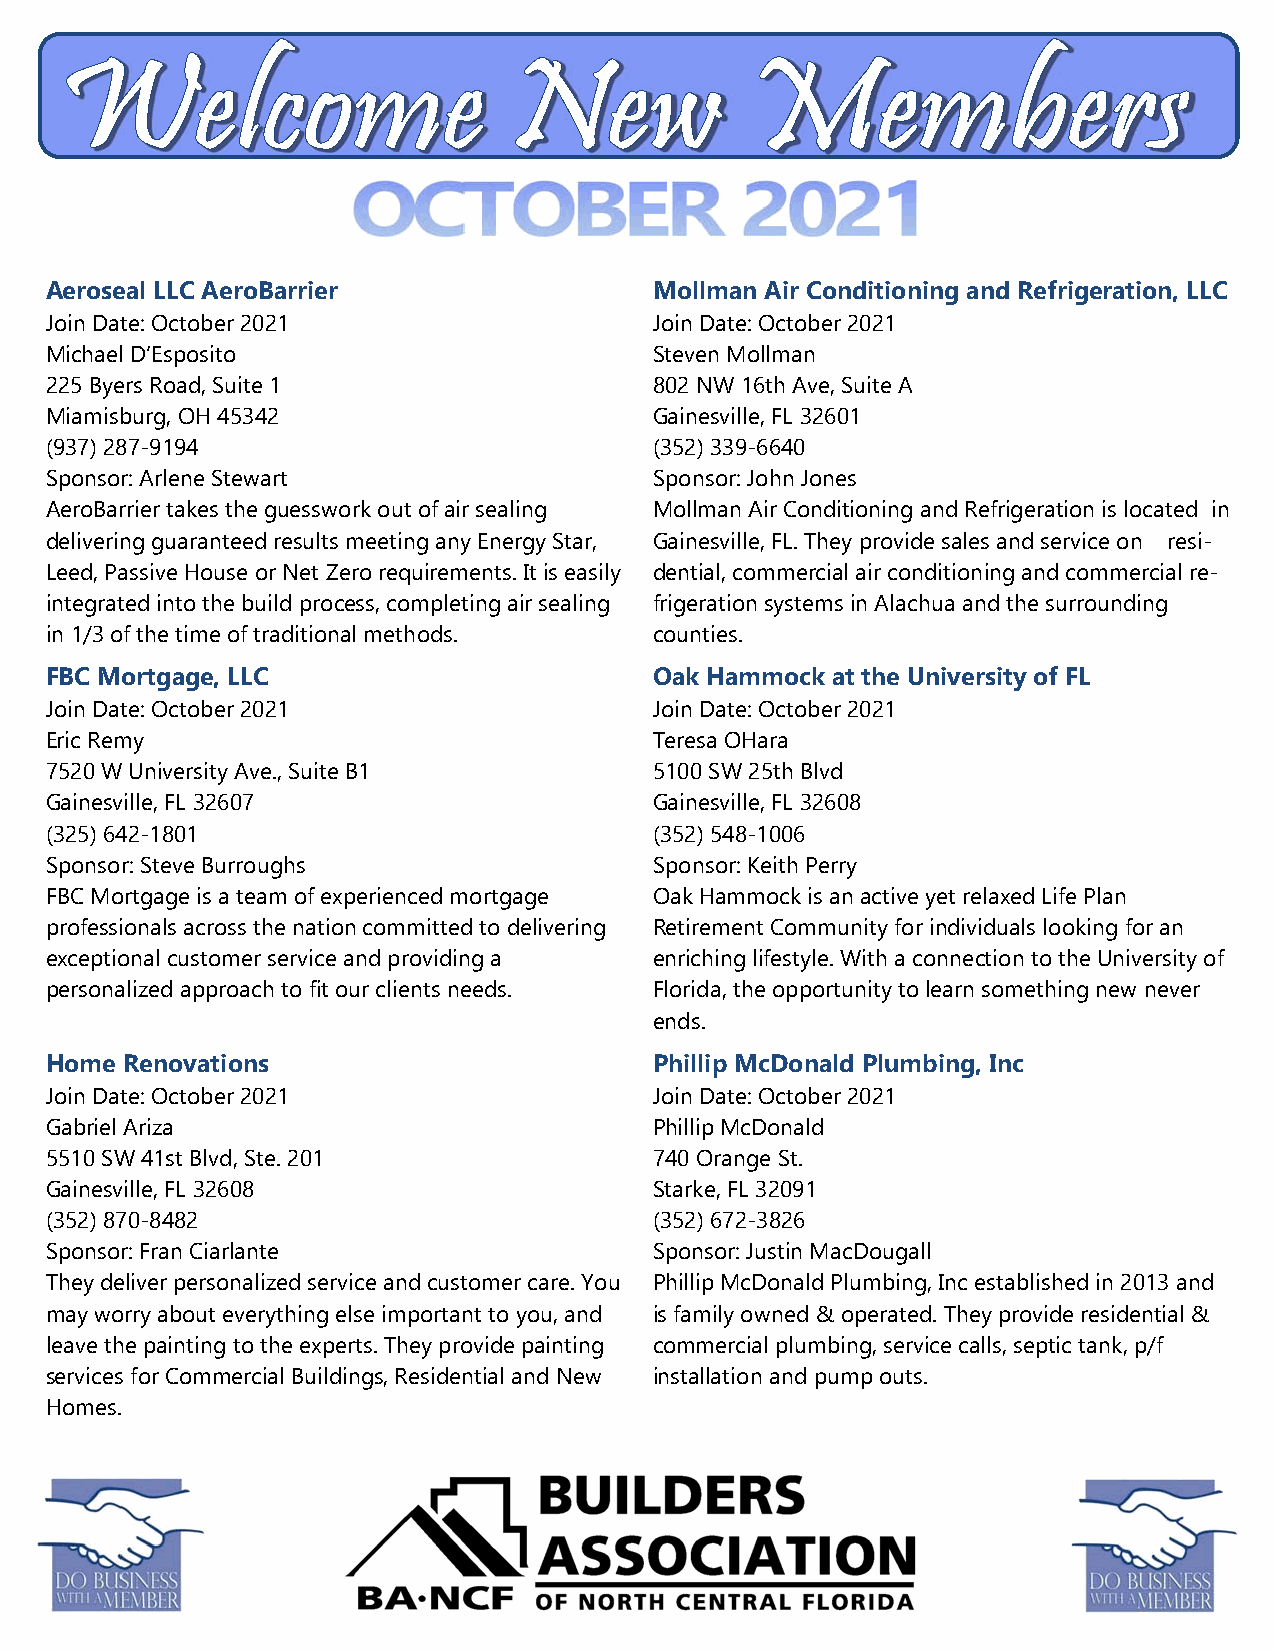
Aeroseal LLC AeroBarrier                Mollman Air Conditioning and Refrigeration, LLC
 Join Date: October 2021                 Join Date: October 2021
 Michael D’Esposito                      Steven Mollman
 225 Byers Road, Suite 1                 802 NW 16th Ave, Suite A
 Miamisburg, OH 45342                    Gainesville, FL 32601
 (937) 287-9194                          (352) 339-6640
 Sponsor: Arlene Stewart                 Sponsor: John Jones
 AeroBarrier takes the guesswork out of air sealing Mollman Air Conditioning and Refrigeration is located in
 delivering guaranteed results meeting any Energy Star, Gainesville, FL. They provide sales and service on resi-
 Leed, Passive House or Net Zero requirements. It is easily dential, commercial air conditioning and commercial re-
 integrated into the build process, completing air sealing frigeration systems in Alachua and the surrounding
 in 1/3 of the time of traditional methods. counties.
 FBC Mortgage, LLC                       Oak Hammock at the University of FL
 Join Date: October 2021                 Join Date: October 2021
 Eric Remy                               Teresa OHara
 7520 W University Ave., Suite B1        5100 SW 25th Blvd
 Gainesville, FL 32607                   Gainesville, FL 32608
 (325) 642-1801                          (352) 548-1006
 Sponsor: Steve Burroughs                Sponsor: Keith Perry
 FBC Mortgage is a team of experienced mortgage Oak Hammock is an active yet relaxed Life Plan
 professionals across the nation committed to delivering Retirement Community for individuals looking for an
 exceptional customer service and providing a enriching lifestyle. With a connection to the University of
 personalized approach to fit our clients needs. Florida, the opportunity to learn something new never
 ends.
 Home Renovations                        Phillip McDonald Plumbing, Inc
 Join Date: October 2021                 Join Date: October 2021
 Gabriel Ariza                           Phillip McDonald
 5510 SW 41st Blvd, Ste. 201             740 Orange St.
 Gainesville, FL 32608                   Starke, FL 32091
 (352) 870-8482                          (352) 672-3826
 Sponsor: Fran Ciarlante                 Sponsor: Justin MacDougall
 They deliver personalized service and customer care. You Phillip McDonald Plumbing, Inc established in 2013 and
 may worry about everything else important to you, and is family owned & operated. They provide residential &
 leave the painting to the experts. They provide painting commercial plumbing, service calls, septic tank, p/f
 services for Commercial Buildings, Residential and New installation and pump outs.
 Homes.